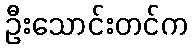
ဦးသောင်းတင်က